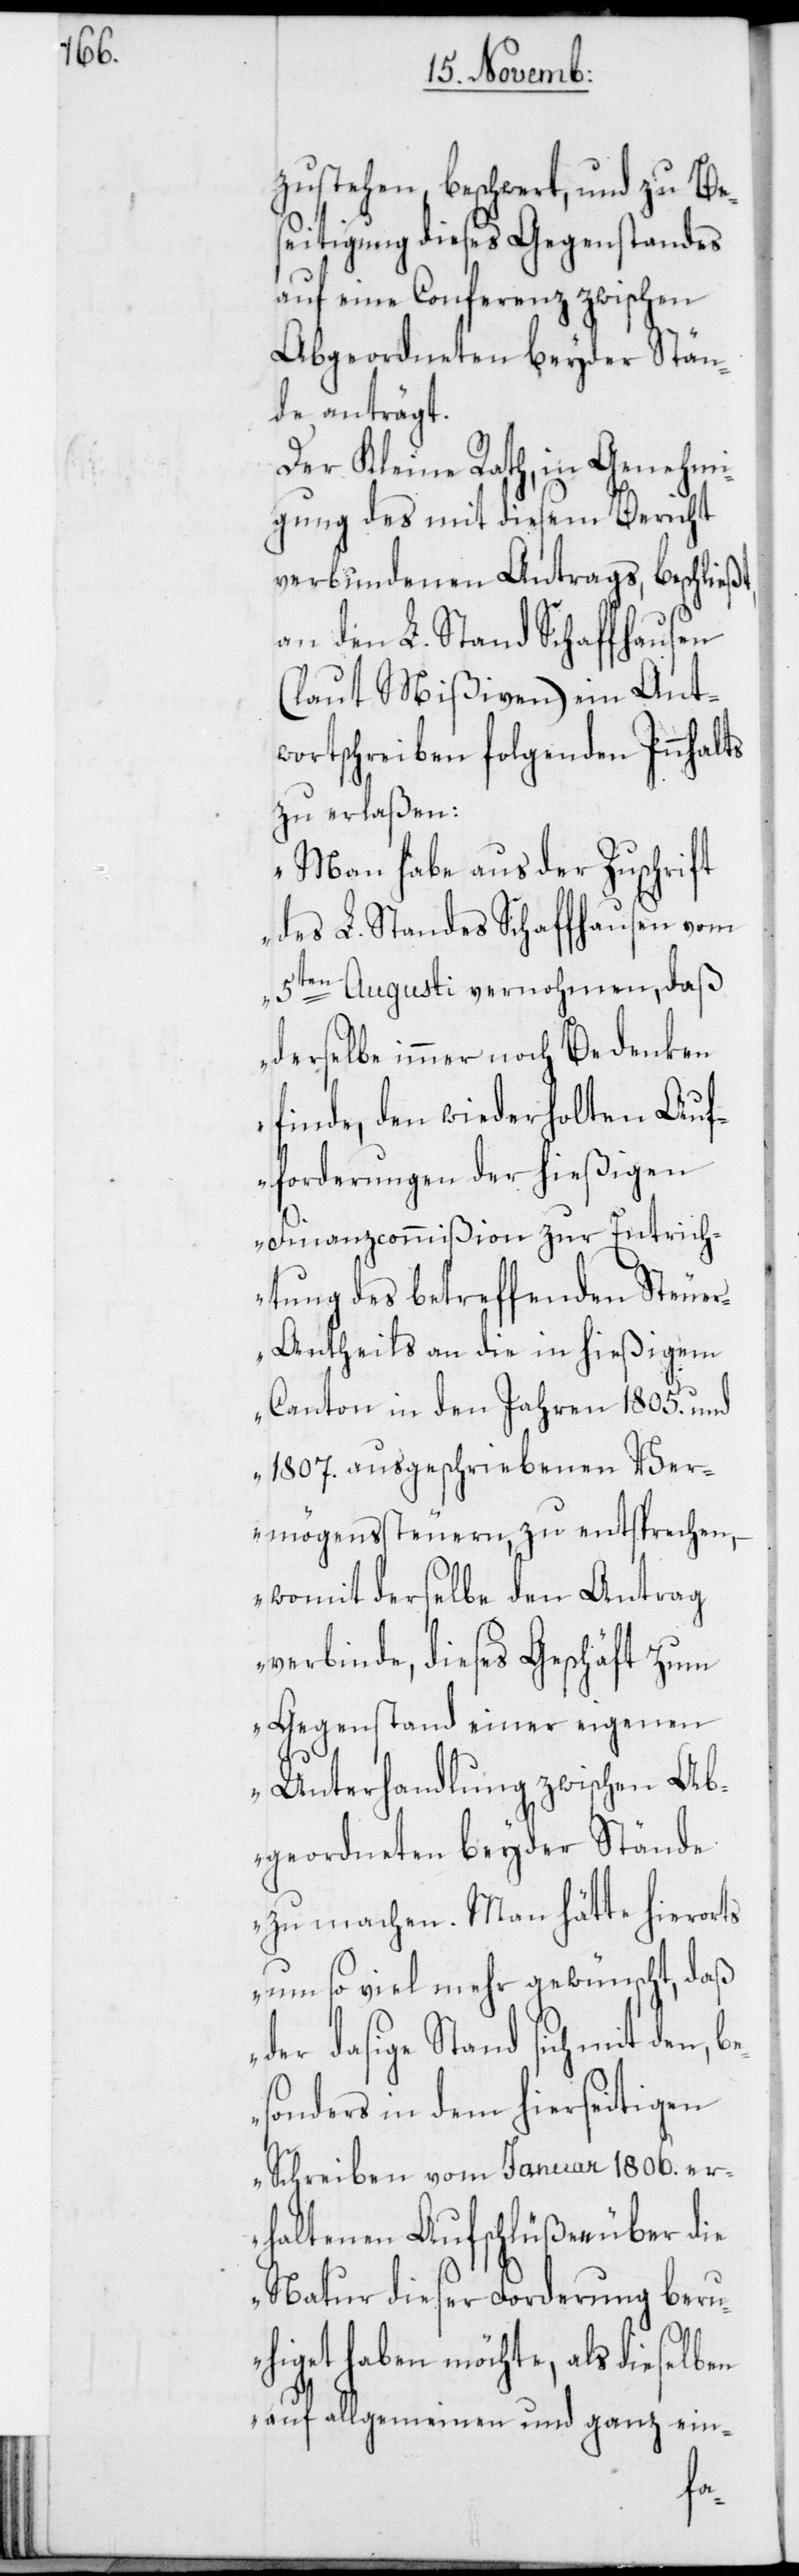
zustehen beschwert, und zu Be¬
seitigung dieses Gegenstandes
auf eine Conferenz zwischen
Abgeordneten beyder Stän¬
de anträgt.
Der Kleine Rath, in Genehmi¬
gung des mit diesem Bericht
verbundenen Antrags, beschließ¬
an den L. Stand Schaffhausen
(laut Mißiven) ein Ant¬
wortschreiben folgenden Innhalts
zu erlaßen:
„Man habe aus der Zuschrift
des L. Standes Schaffhausen vom
5ten Augusti vernommen, daß
derselbe immer noch Bedenken
finde, den wiederholten Auf¬
forderungen der hießigen
Finanzcommißion zur Entrich¬
tung des betreffenden Steue¬
r-Antheils an die in hießigem
Canton in den Jahren 1805. und
1807. ausgeschriebenen Ver¬
mögenssteuern zu entsprechen,
– womit derselbe den Antrag
verbinde, dieses Geschäft zum
Gegenstand einer eigenen
Unterhandlung zwischen Ab¬
geordneten beyder Stände
zu machen. Man hätte hierorts
um so viel mehr gewünscht, daß
der dasige Stand sich mit den, b¬
esonders in dem hierseitigen
Schreiben vom Januar 1806. er¬
haltenen Aufschlüßen über die
Natur dieser Forderung beru¬
higet haben möchte, als dieselben
auf allgemeinen und ganz ein-
t,